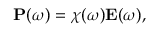
\begin{array} { r } { \mathbf { P } ( \omega ) = \chi ( \omega ) \mathbf { E } ( \omega ) , } \end{array}